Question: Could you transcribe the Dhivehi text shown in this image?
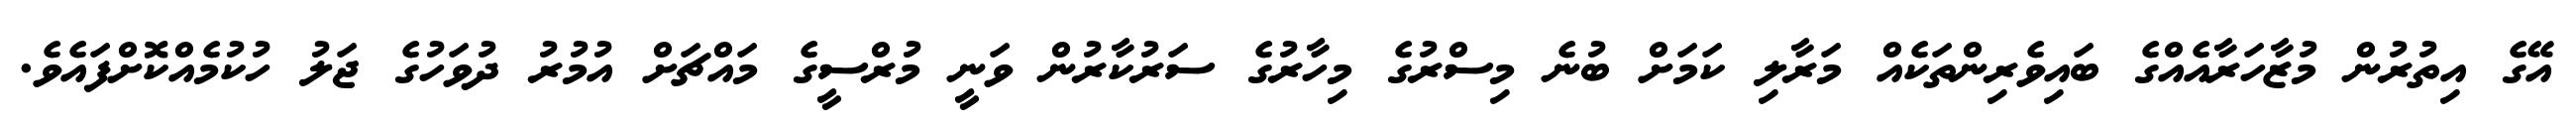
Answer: އޭގެ އިތުރުން މުޒާހަރާއެއްގެ ބައިވެރިންތަކެއް މަރާލި ކަމަށް ބުނެ މިސްރުގެ މިހާރުގެ ސަރުކާރުން ވަނީ މުރްސީގެ މައްޗަށް އުމުރު ދުވަހުގެ ޖަލު ހުކުމެއްކޮށްފައެވެ.